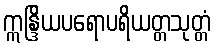
ဣန္ဒြိယပရောပရိယတ္တသုတ္တံ